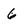
Character: 6